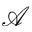
\mathcal { A }